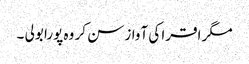
مگر اقرا کی آواز سن کر وہ پورا بولی ۔